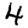
Digit: 4